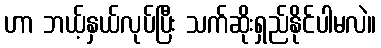
ဟာ ဘယ့်နှယ်လုပ်ပြီး သက်ဆိုးရှည်နိုင်ပါမလဲ။